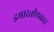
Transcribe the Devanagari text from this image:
इमारतीएवढा